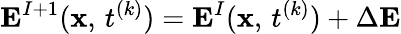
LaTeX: {\mathbf E}^{I+1}({\mathbf x},\, t^{(k)})={\mathbf E}^{I}({\mathbf x},\, t^{(k)})+\Delta{\mathbf E}